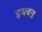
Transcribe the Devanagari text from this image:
हयबत